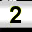
Digit: 2